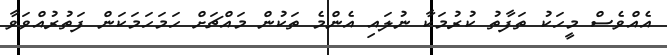
އެއްވެސް މީހަކު ތަފާތު ކުރުމަކާ ނުލައި އެންމެ ތަކުން މައްޗަށް ހަމަހަމަކަން ފަތުރުއްވަވާ